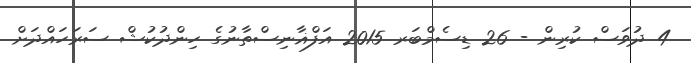
4 ދުވަސް ކުރިން - 26 ޑިސެމްބަރ 2015 އަފްޣާނިސްތާނުގެ ހިންދުކުޝް ސަރަހައްދަށް